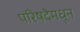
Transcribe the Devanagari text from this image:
परिषदेमधून